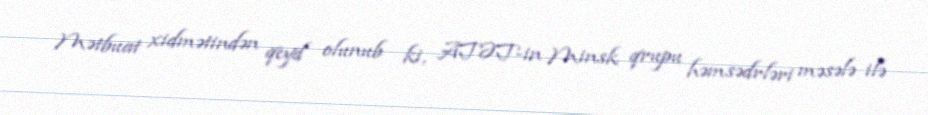
Mətbuat xidmətindən qeyd olunub ki, ATƏT-in Minsk qrupu həmsədrləri məsələ ilə